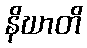
နိဃာတိ